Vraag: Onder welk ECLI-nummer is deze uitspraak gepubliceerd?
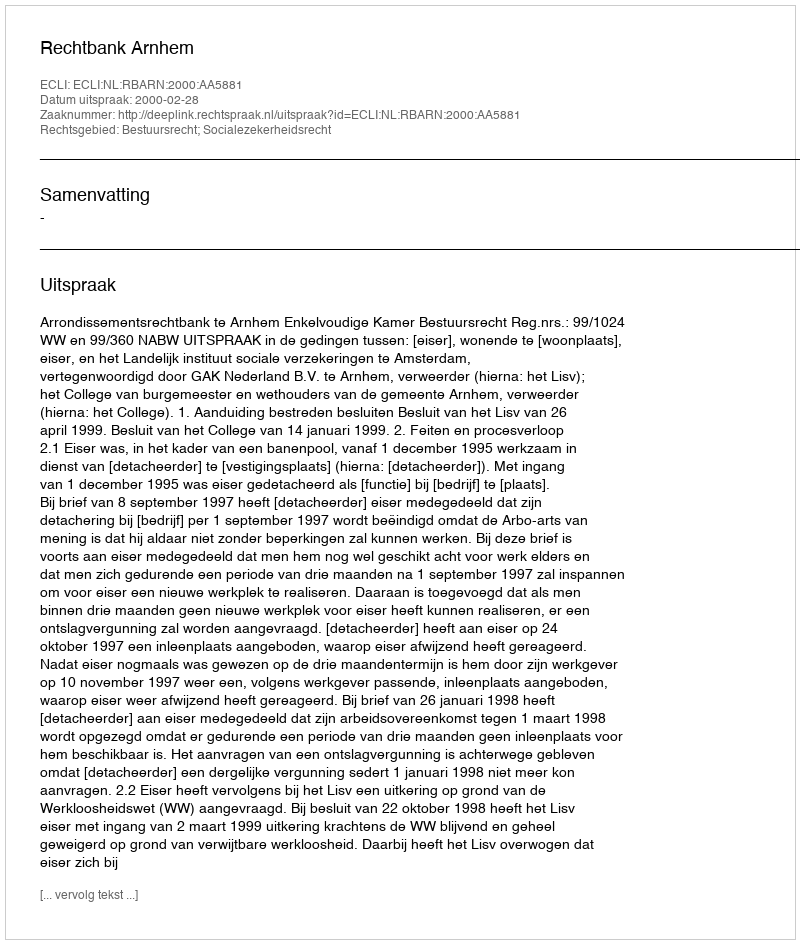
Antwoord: ECLI:NL:RBARN:2000:AA5881